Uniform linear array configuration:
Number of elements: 8
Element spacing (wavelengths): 0.5
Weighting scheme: hamming
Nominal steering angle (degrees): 30
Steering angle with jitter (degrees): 29.337
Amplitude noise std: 0.05
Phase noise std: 0.05

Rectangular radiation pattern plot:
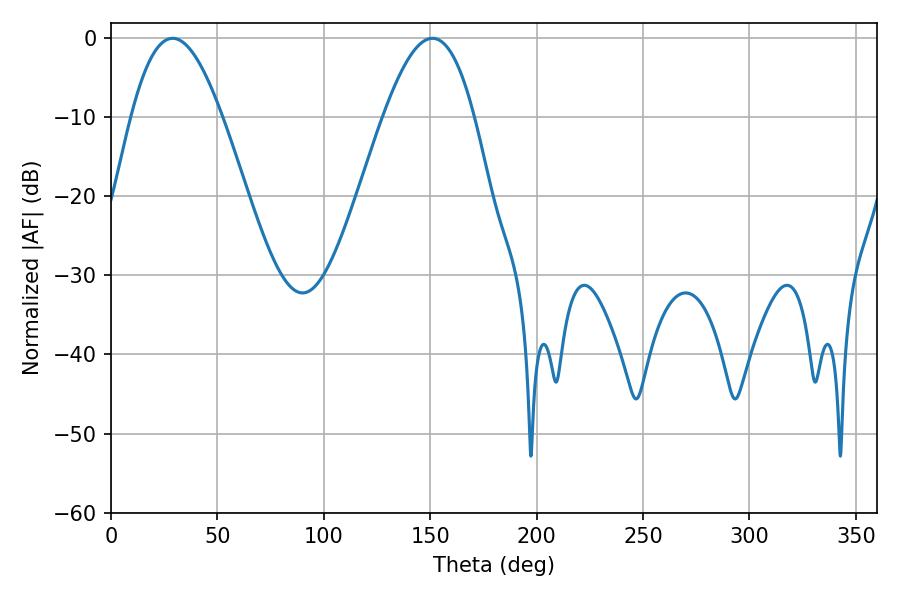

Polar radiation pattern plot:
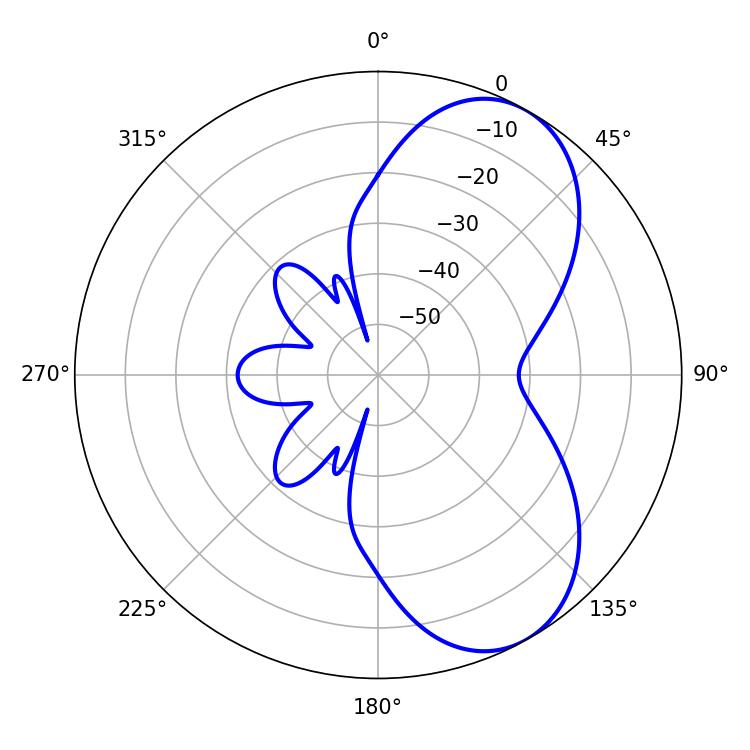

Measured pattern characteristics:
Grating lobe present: FALSE
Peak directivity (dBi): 6.626
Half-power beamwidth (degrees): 23.22
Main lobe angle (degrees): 28.98